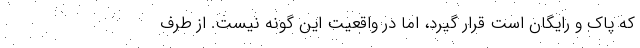
که پاک و رایگان است قرار گیرد، اما در واقعیت این گونه نیست. از طرف